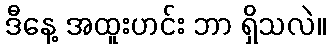
ဒီနေ့ အထူးဟင်း ဘာ ရှိသလဲ။